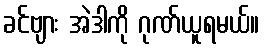
ခင်ဗျား အဲဒါကို ဂုဏ်ယူရမယ်။